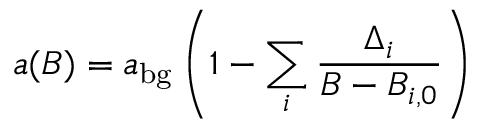
a ( B ) = a _ { \mathrm { b g } } \left( 1 - \sum _ { i } \frac { \Delta _ { i } } { B - B _ { i , 0 } } \right)